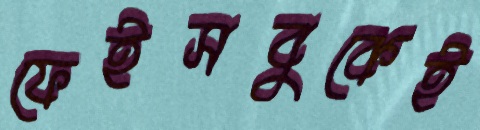
ফেইসবুকেই